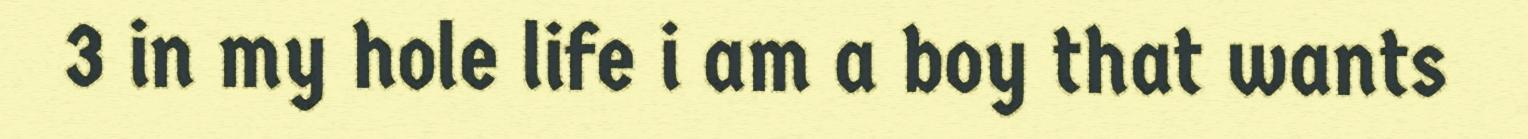
3 in my hole life i am a boy that wants